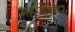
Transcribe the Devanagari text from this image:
महादेश्वर